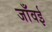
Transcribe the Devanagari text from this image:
जाँवई